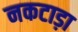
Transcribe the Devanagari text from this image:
नकटाड़ा